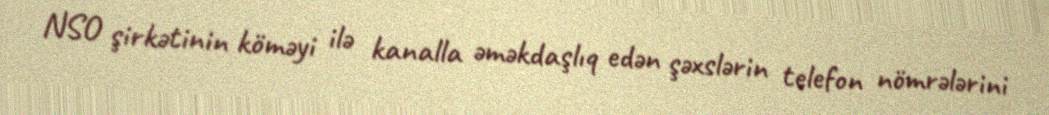
NSO şirkətinin köməyi ilə kanalla əməkdaşlıq edən şəxslərin telefon nömrələrini